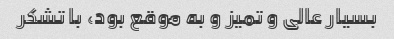
بسیار عالی و تمیز و به موقع بود، با تشکر